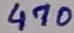
Text: 470